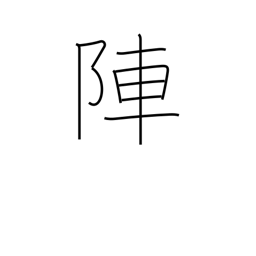
Meaning: battle array